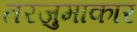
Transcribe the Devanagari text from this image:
तरजुमाकार